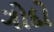
ગોદો